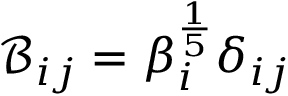
\mathcal { B } _ { i j } = \beta _ { i } ^ { \frac { 1 } { 5 } } \delta _ { i j }